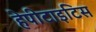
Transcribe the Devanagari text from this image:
हेपीटाइटिस